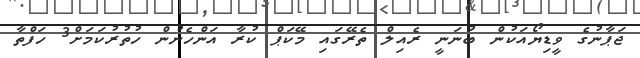
ޖަޕާނުގެ ވީޑިޔޯއަކުން ބުނަނީ ރެއިލް ތެރޭގައި މޭކަޕް ކުރާ އަންހެނުން ހުތުރުކަމަށް3 ހަފްތާ